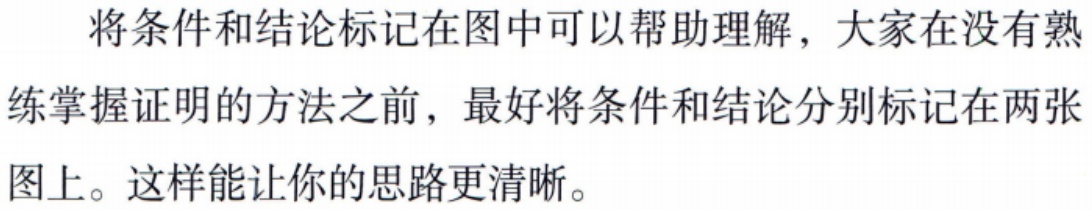
将条件和结论标记在图中可以帮助理解，大家在没有熟练掌握证明的方法之前，最好将条件和结论分别标记在两张图上。这样能让你的思路更清晰。